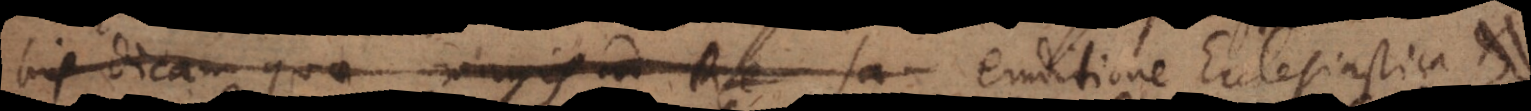
his dicam quae magis ad Re Sa eruditione Ecclesiastic